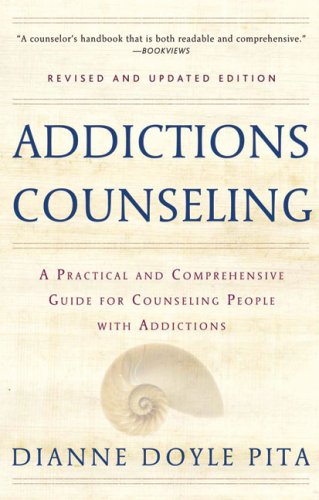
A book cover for Addictions Counseling: A Practical and Comprehensive Guide for Counseling People with Addictions; Diane Doyle Pita; Self-Help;